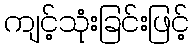
ကျင့်သုံးခြင်းဖြင့်